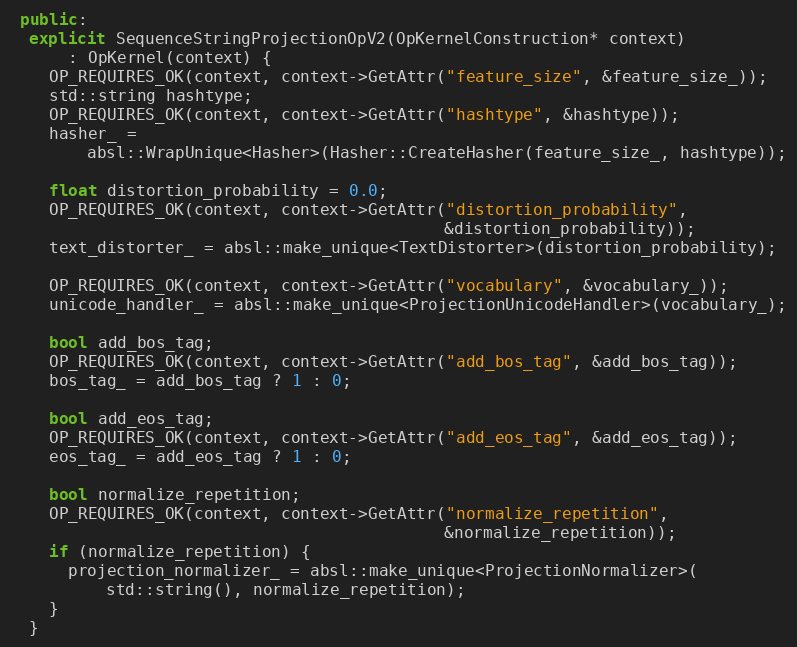
Language: C++
 public:
  explicit SequenceStringProjectionOpV2(OpKernelConstruction* context)
      : OpKernel(context) {
    OP_REQUIRES_OK(context, context->GetAttr("feature_size", &feature_size_));
    std::string hashtype;
    OP_REQUIRES_OK(context, context->GetAttr("hashtype", &hashtype));
    hasher_ =
        absl::WrapUnique<Hasher>(Hasher::CreateHasher(feature_size_, hashtype));

    float distortion_probability = 0.0;
    OP_REQUIRES_OK(context, context->GetAttr("distortion_probability",
                                             &distortion_probability));
    text_distorter_ = absl::make_unique<TextDistorter>(distortion_probability);

    OP_REQUIRES_OK(context, context->GetAttr("vocabulary", &vocabulary_));
    unicode_handler_ = absl::make_unique<ProjectionUnicodeHandler>(vocabulary_);

    bool add_bos_tag;
    OP_REQUIRES_OK(context, context->GetAttr("add_bos_tag", &add_bos_tag));
    bos_tag_ = add_bos_tag ? 1 : 0;

    bool add_eos_tag;
    OP_REQUIRES_OK(context, context->GetAttr("add_eos_tag", &add_eos_tag));
    eos_tag_ = add_eos_tag ? 1 : 0;

    bool normalize_repetition;
    OP_REQUIRES_OK(context, context->GetAttr("normalize_repetition",
                                             &normalize_repetition));
    if (normalize_repetition) {
      projection_normalizer_ = absl::make_unique<ProjectionNormalizer>(
          std::string(), normalize_repetition);
    }
  }